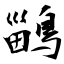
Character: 鶅